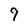
Character: 9